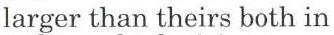
larger than theirs both in